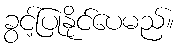
ခွင့်ပြုနိုင်ပေမည်။